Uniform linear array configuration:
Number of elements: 16
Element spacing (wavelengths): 0.75
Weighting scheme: blackman
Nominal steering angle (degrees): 45
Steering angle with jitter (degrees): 46.034
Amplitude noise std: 0.05
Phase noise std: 0.05

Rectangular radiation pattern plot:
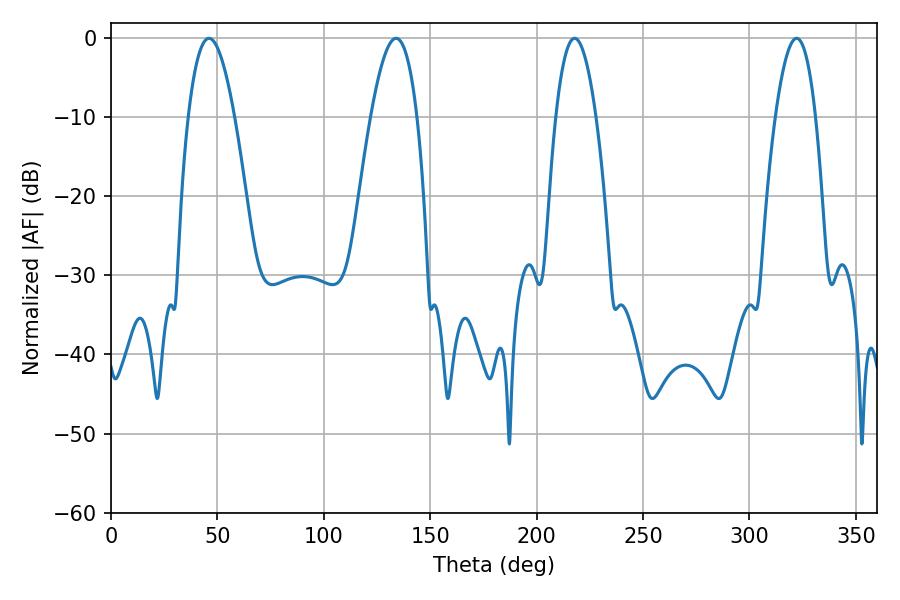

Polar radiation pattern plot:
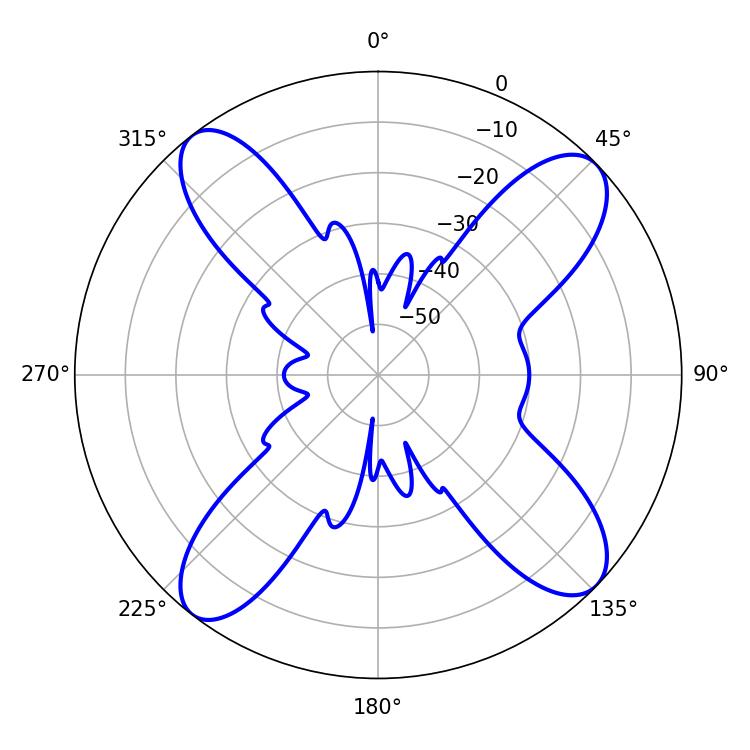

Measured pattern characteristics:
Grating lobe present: TRUE
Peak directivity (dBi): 13.712
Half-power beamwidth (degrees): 11.88
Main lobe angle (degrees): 133.92